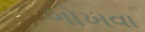
ગોખવા